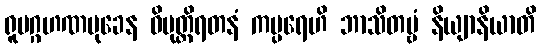
ရူပဂ္ဂဟဏမုခေန ဝိမုတ္တိရတနံ ကပ္ပရေဟိ ဘာသိတဗ္ဗံ နိယျာနိယာတိ